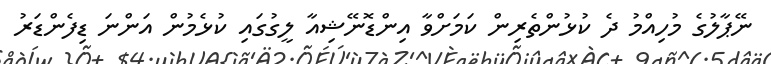
ނޭޕާލުގެ މުހިއްމު ދެ ކުޅުންތެރިން ކަމަށްވާ އިންޑޮނޭޝިއާ ލީގުގައި ކުޅެމުން އަންނަ ޑިފެންޑަރު